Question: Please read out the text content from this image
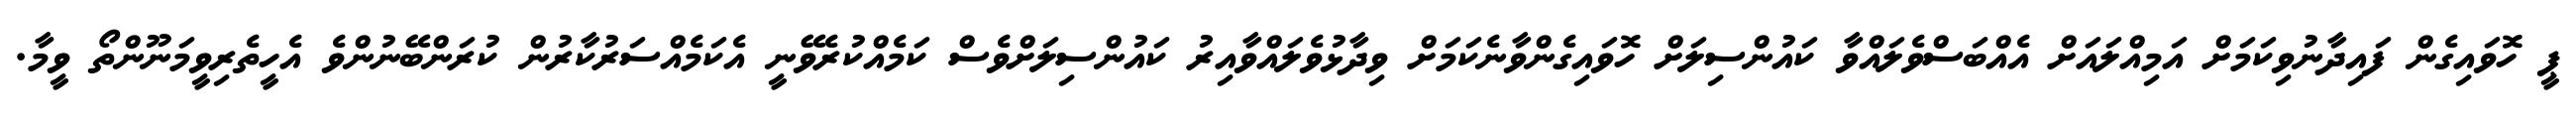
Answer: ޕީ ހޮވައިގެން ފައިދާނުވިކަމަށް އަމިއްލައަށް އެއްބަސްވެލައްވާ ކައުންސިލަށް ހޮވައިގެންވާނެކަމަށް ވިދާޅުވެލައްވާއިރު ކައުންސިލަށްވެސް ކަމެއްކުރެވޭނީ އެކަމެއްސަރުކާރުން ކުރަންބޭނުންވެ އެހީތެރިވީމަނޫންތޯ ވީމާ.